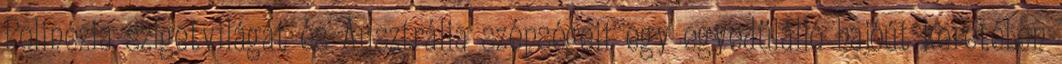
Polinézia szigetvilágát és Ausztrália szépségeit egy egyedülálló hajóút keretében